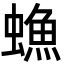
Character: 䗨